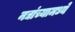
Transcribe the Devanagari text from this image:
नद्यांच्यामध्ये